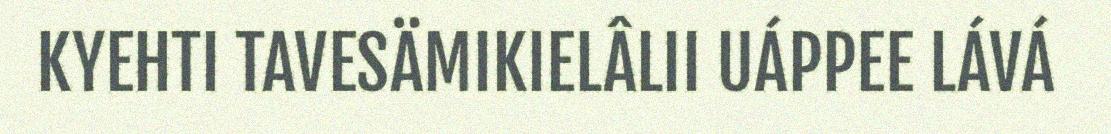
KYEHTI TAVESÄMIKIELÂLII UÁPPEE LÁVÁ